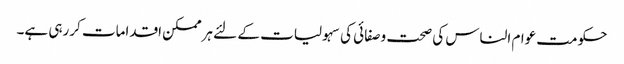
حکومت عوام الناس کی صحت وصفائی کی سہولیات کے لئے ہرممکن اقدامات کررہی ہے۔